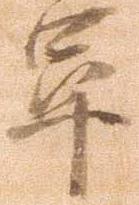
軍